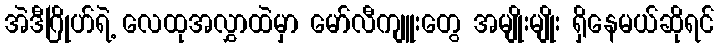
အဲဒီဂြိုဟ်ရဲ့ လေထုအလွှာထဲမှာ မော်လီကျူးတွေ အမျိုးမျိုး ရှိနေမယ်ဆိုရင်